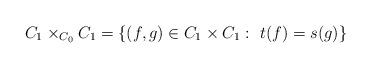
LaTeX: \begin{align*}C_1 \times_{C_0} C_1 = \{(f,g) \in C_1 \times C_1 \, \colon \; t(f) = s(g) \}\end{align*}